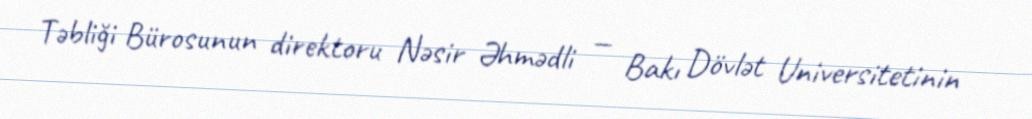
Təbliği Bürosunun direktoru Nəsir Əhmədli — Bakı Dövlət Universitetinin